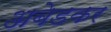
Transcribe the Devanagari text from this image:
अबेडकर